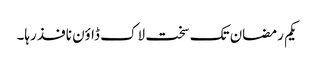
یکم رمضان تک سخت لاک ڈاؤن نافذ رہا۔